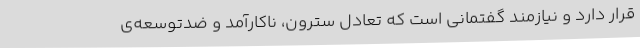
قرار دارد و نیازمند گفتمانی است که تعادل سترون، ناکارآمد و ضدتوسعه‌ی